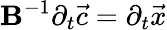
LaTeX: \mathbf{B}^{-1}\partial_{t}\vec{c}=\partial_{t}\vec{x}